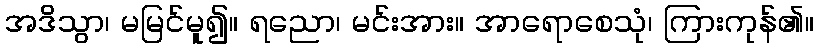
အဒိသွာ၊ မမြင်မူ၍။ ရညော၊ မင်းအား။ အာရောစေသုံ၊ ကြားကုန်၏။